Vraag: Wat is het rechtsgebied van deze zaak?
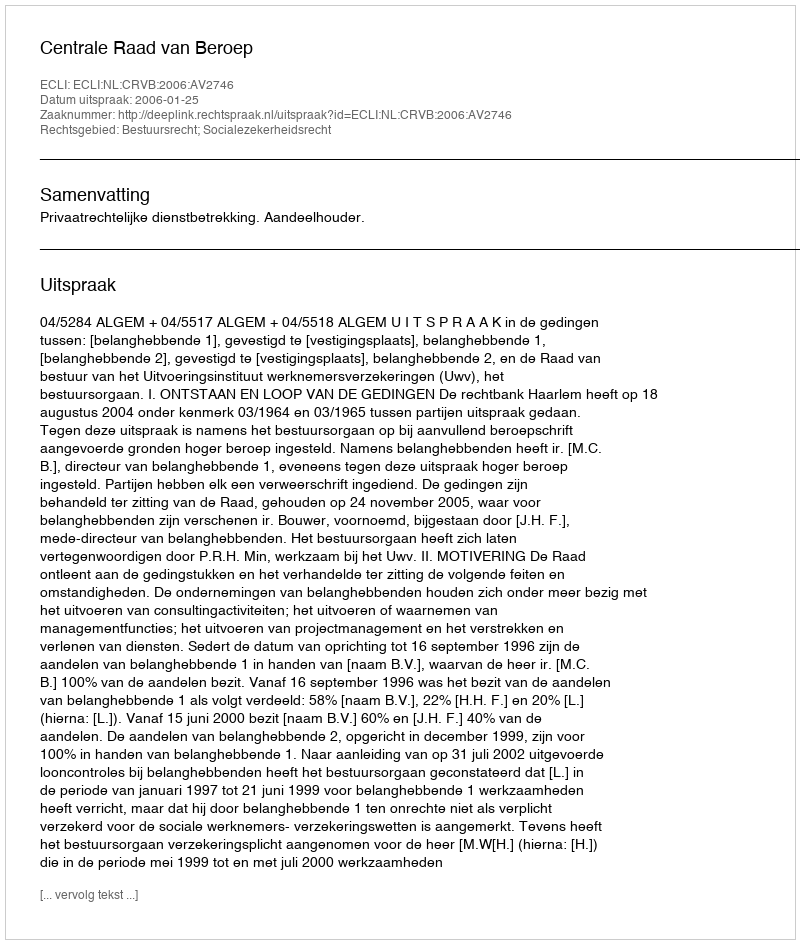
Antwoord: Bestuursrecht; Socialezekerheidsrecht